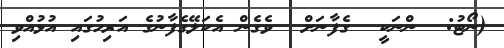
(ނޯޓު:  ންނަކީ  ގެފާނަށް  ވެގެން އެކަލޭގެފާނުގެ އަރިހުގައި އުޅުއްވި